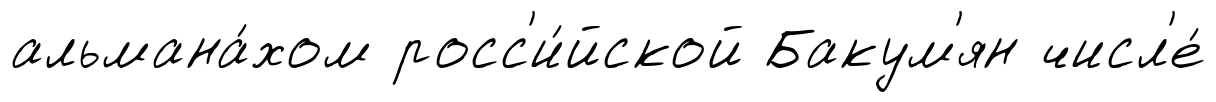
альмана́хом росс'и́йской Бакум'ян числ'е́